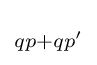
\scriptstyle {qp+qp'\,}\!